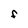
Character: F